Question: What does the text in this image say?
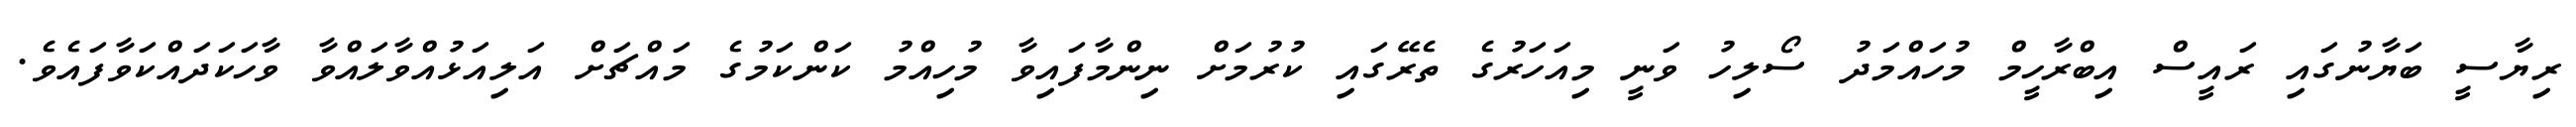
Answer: ރިޔާސީ ބަޔާނުގައި ރައީސް އިބްރާހީމް މުހައްމަދު ސޯލިހު ވަނީ މިއަހަރުގެ ތެރޭގައި ކުރުމަށް ނިންމާފައިވާ މުހިއްމު ކަންކަމުގެ މައްޗަށް އަލިއަޅުއްވާލައްވާ ވާހަކަދައްކަވާފައެވެ.